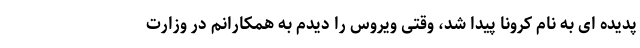
پدیده ای به نام کرونا پیدا شد، وقتی ویروس را دیدم به همکارانم در وزارت